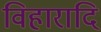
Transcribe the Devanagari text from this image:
विहारादि